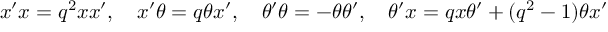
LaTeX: x ^ { \prime } x = q ^ { 2 } x x ^ { \prime } , \quad x ^ { \prime } \theta = q \theta x ^ { \prime } , \quad \theta ^ { \prime } \theta = - \theta \theta ^ { \prime } , \quad \theta ^ { \prime } x = q x \theta ^ { \prime } + ( q ^ { 2 } - 1 ) \theta x ^ { \prime }